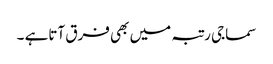
سماجی رتبہ میں بھی فرق آتاہے ۔